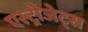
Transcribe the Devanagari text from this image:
एस्‍ट्रोजेट्स